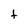
Character: t